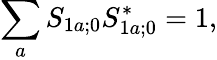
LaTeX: \sum_{a}S_{1a;0}S_{1a;0}^{*}=1,